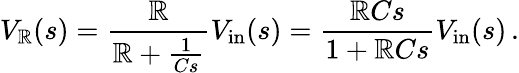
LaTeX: V_{\mathbb{R}}(s)={\frac{{\mathbb{R}}}{{\mathbb{R}+{\frac{{1}}{{Cs}}}}}}V_{\mathrm{{in}}}(s)={\frac{{\mathbb{R}Cs}}{{1+\mathbb{R}Cs}}}V_{\mathrm{{in}}}(s)\, .